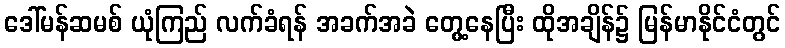
ဒေါ်မန်ဆမစ် ယုံကြည် လက်ခံရန် အခက်အခဲ တွေ့နေပြီး ထိုအချိန်၌ မြန်မာနိုင်ငံတွင်